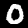
Digit: 0